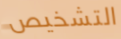
التشخيص